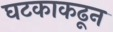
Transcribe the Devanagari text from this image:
घटकाकढून